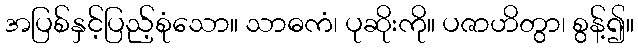
အပြစ်နှင့်ပြည့်စုံသော။ သာဓကံ၊ ပုဆိုးကို။ ပဇာဟိတွာ၊ စွန့်၍။